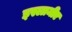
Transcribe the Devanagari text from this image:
इस्लामीए